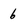
Character: 6